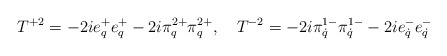
\begin{align*}T^{+2}=-2ie^{+}_{q}e^{+}_{q}-2i\pi^{2+}_{q}\pi^{2+}_{q},\quad T^{-2}=-2i\pi^{1-}_{\dot q}\pi^{1-}_{\dot q}-2ie^{-}_{\dot q}e^{-}_{\dot q}\end{align*}